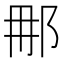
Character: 𮟯